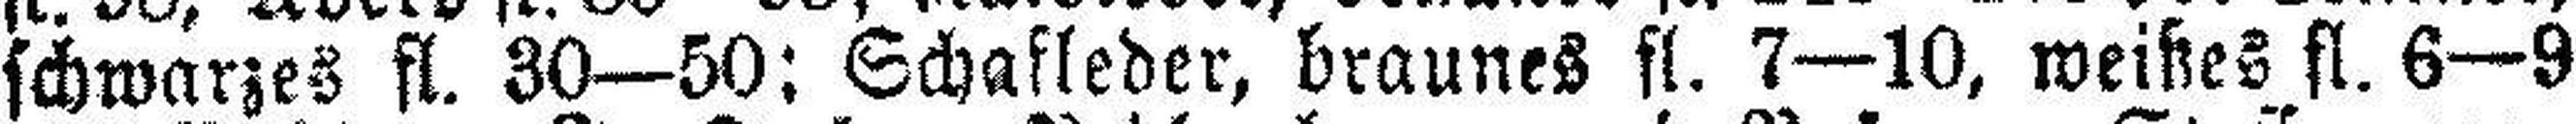
schwarzes fl. 30—50; Schafleder, braunes fl. 7—10, weißes fl. 6—9